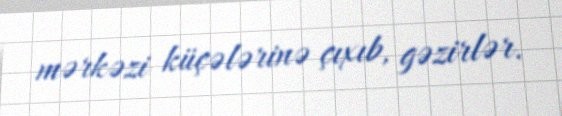
mərkəzi küçələrinə çıxıb, gəzirlər.